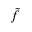
\tilde { f }